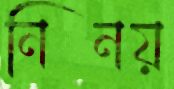
নিনয়